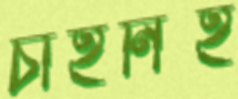
চাহনিই